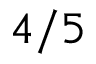
4 / 5